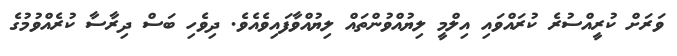
ވަރަށް ކުރީއްސުރެ ކުރައްވައި އިލްމީ ލިޔުއްވުންތައް ލިޔުއްވާފައިވެއެވެ. ދިވެހި ބަސް ދިރާސާ ކުރެއްވުމުގެ